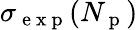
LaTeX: \sigma_{\mathrm{~e~x~p~}}(N_{\mathrm{~p~}})